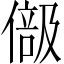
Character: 𠍭